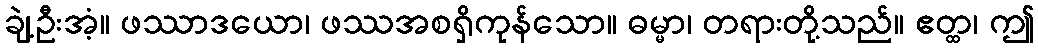
ချဲ့ဦးအံ့။ ဖဿာဒယော၊ ဖဿအစရှိကုန်သော။ ဓမ္မာ၊ တရားတို့သည်။ ဧတ္ထ၊ ဤ